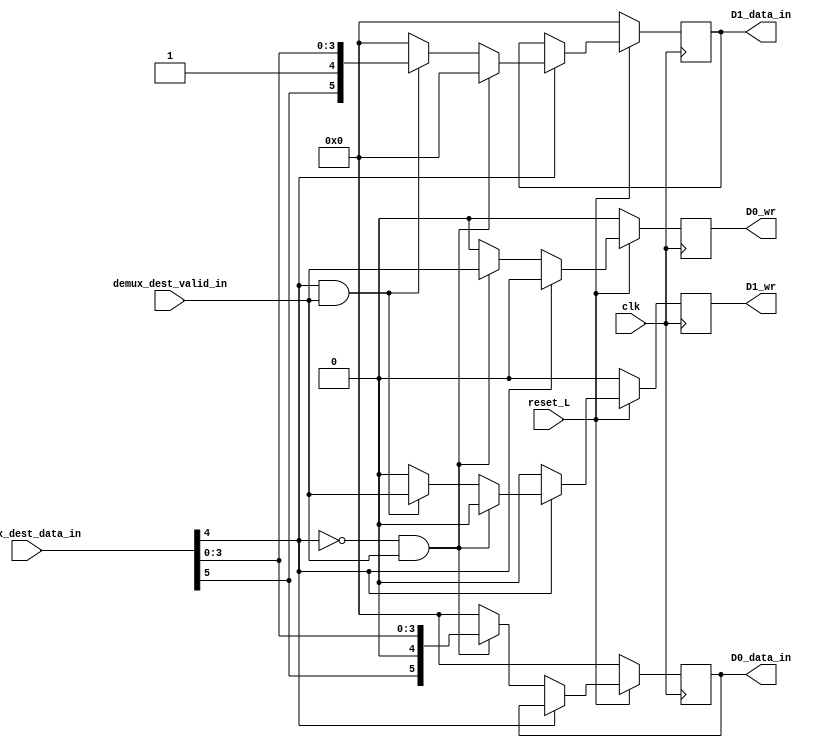
module demux_dest_cond #(  
        parameter BW = 6
    )

    (   input clk,
        input reset_L,
        output reg [BW-1:0] D0_data_in,
        output reg D0_wr,
        output reg[BW-1:0] D1_data_in,
        output reg D1_wr,
        input demux_dest_valid_in,
        input [BW-1:0] demux_dest_data_in
    );

                        
    reg [BW-1:0] data_recordar0;
    reg [BW-1:0] data_recordar1;
    reg valid_recordar0;
    reg valid_recordar1;

    wire selector;
    assign selector = demux_dest_data_in[4]; // selector es el bit de dest

    always @(*) begin   
        if (selector == 0 && demux_dest_valid_in == 1) begin
            data_recordar0 = demux_dest_data_in;
            data_recordar1 = 0;
            valid_recordar0 = demux_dest_valid_in;
            valid_recordar1 = 0;


        end else if (selector == 1 && demux_dest_valid_in == 1) begin
            data_recordar0 = 0;
            data_recordar1 = demux_dest_data_in;
            valid_recordar0 = 0;
            valid_recordar1 = demux_dest_valid_in;

        end else begin
            data_recordar0 = 0;
            data_recordar1 = 0;
            valid_recordar0 = 0;
            valid_recordar1 = 0;
        end
    end

    always @(posedge clk) begin
        if (reset_L == 1) begin
            if (selector == 0) begin
                D0_data_in <= data_recordar0;
                D0_wr <= valid_recordar0;
                D1_wr <= 0;
            end else if (selector == 1) begin
                D1_data_in <= data_recordar1;
                D1_wr <= valid_recordar1;
                D0_wr <= 0;
            end
        end else begin
            D0_data_in <= 0;
            D1_data_in <= 0;
            D0_wr <= 0;
            D1_wr <= 0;
        end
    end

endmodule